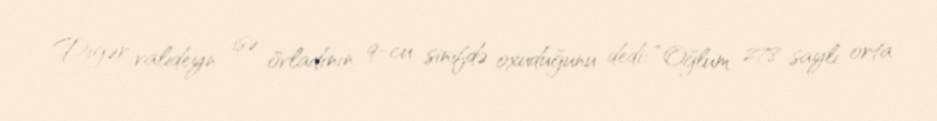
Digər valideyn isə övladının 9-cu sinifdə oxuduğunu dedi: “Oğlum 278 saylı orta